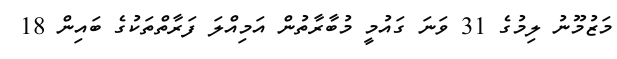
މަޒުމޫނު ލިމުގެ 31 ވަނަ ގައުމީ މުބާރާތުން އަމިއްލަ ފަރާތްތަކުގެ ބައިން 18